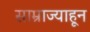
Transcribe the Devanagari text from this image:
साम्राज्याहून